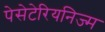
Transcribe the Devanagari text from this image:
पेसेटेरियनिज्म